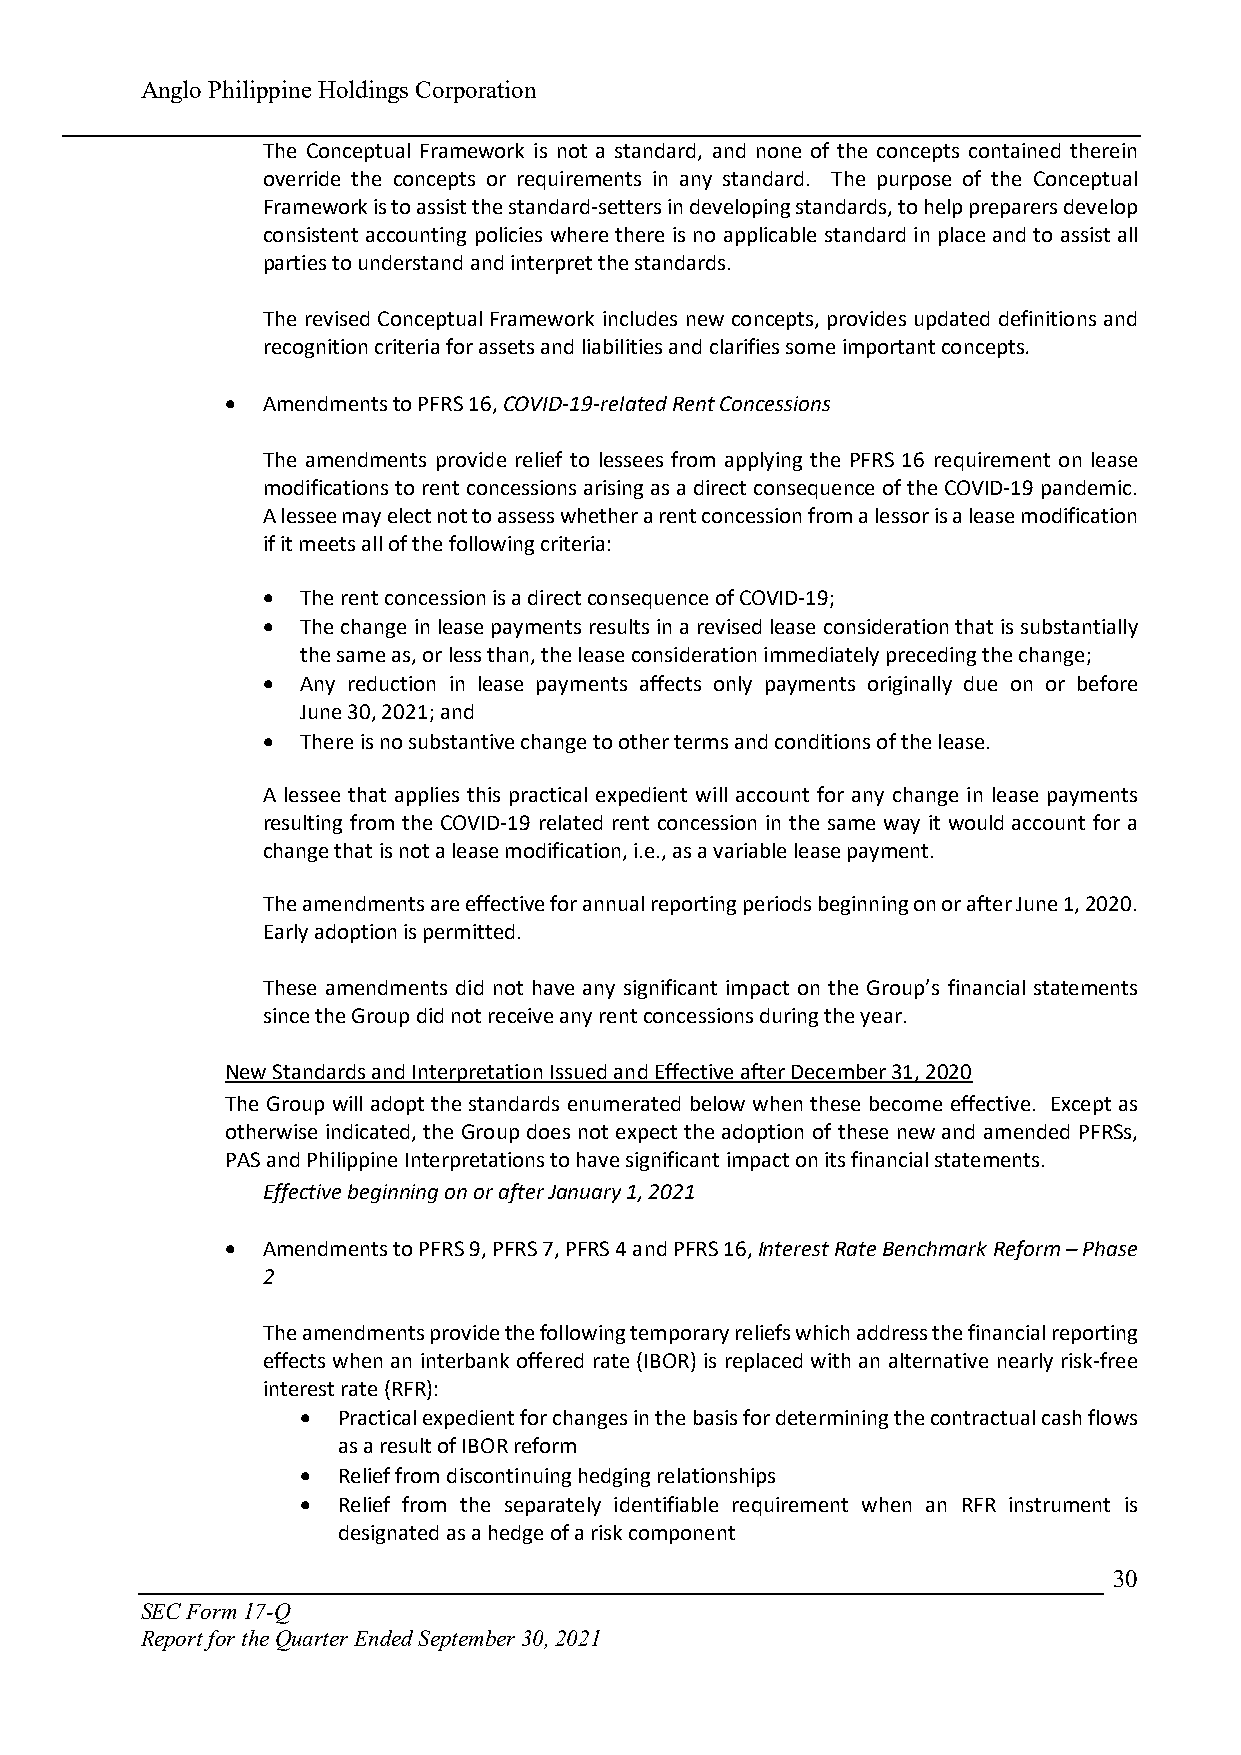
Anglo Philippine Holdings Corporation
 The Conceptual Framework is not a standard, and none of the concepts contained therein
 override the concepts or requirements in any standard. The purpose of the Conceptual
 Framework is to assist the standard-setters in developing standards, to help preparers develop
 consistent accounting policies where there is no applicable standard in place and to assist all
 parties to understand and interpret the standards.
 The revised Conceptual Framework includes new concepts, provides updated definitions and
 recognition criteria for assets and liabilities and clarifies some important concepts.
  Amendments to PFRS 16, COVID-19-related Rent Concessions
 The amendments provide relief to lessees from applying the PFRS 16 requirement on lease
 modifications to rent concessions arising as a direct consequence of the COVID-19 pandemic.
 A lessee may elect not to assess whether a rent concession from a lessor is a lease modification
 if it meets all of the following criteria:
   The rent concession is a direct consequence of COVID-19;
   The change in lease payments results in a revised lease consideration that is substantially
 the same as, or less than, the lease consideration immediately preceding the change;
   Any reduction in lease payments affects only payments originally due on or before
 June 30, 2021; and
   There is no substantive change to other terms and conditions of the lease.
 A lessee that applies this practical expedient will account for any change in lease payments
 resulting from the COVID-19 related rent concession in the same way it would account for a
 change that is not a lease modification, i.e., as a variable lease payment.
 The amendments are effective for annual reporting periods beginning on or after June 1, 2020.
 Early adoption is permitted.
 These amendments did not have any significant impact on the Group’s financial statements
 since the Group did not receive any rent concessions during the year.
 New Standards and Interpretation Issued and Effective after December 31, 2020
 The Group will adopt the standards enumerated below when these become effective. Except as
 otherwise indicated, the Group does not expect the adoption of these new and amended PFRSs,
 PAS and Philippine Interpretations to have significant impact on its financial statements.
 Effective beginning on or after January 1, 2021
  Amendments to PFRS 9, PFRS 7, PFRS 4 and PFRS 16, Interest Rate Benchmark Reform – Phase
 2
 The amendments provide the following temporary reliefs which address the financial reporting
 effects when an interbank offered rate (IBOR) is replaced with an alternative nearly risk-free
 interest rate (RFR):
  Practical expedient for changes in the basis for determining the contractual cash flows
 as a result of IBOR reform
  Relief from discontinuing hedging relationships
  Relief from the separately identifiable requirement when an RFR instrument is
 designated as a hedge of a risk component
 30
 SEC Form 17-Q
 Report for the Quarter Ended September 30, 2021